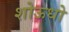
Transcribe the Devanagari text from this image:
शोऊधो